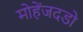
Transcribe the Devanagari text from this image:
मोहेंजदडो